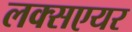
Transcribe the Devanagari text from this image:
लक्सएयर